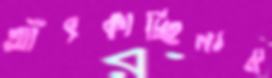
আঁৎকাচ্ছিলাম